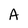
Character: A